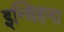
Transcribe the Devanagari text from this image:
इन्धिहना